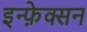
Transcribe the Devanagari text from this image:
इन्फ़ेक्सन